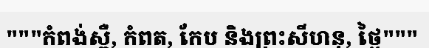
"""កំពង់ស្ពឺ, កំពត, កែប និងព្រះសីហនុ, ថ្ងៃ"""